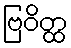
ဗြဝိတ္ထ